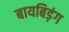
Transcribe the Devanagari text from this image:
बायबिड़ंग